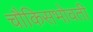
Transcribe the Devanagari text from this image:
चौकिसभोवती